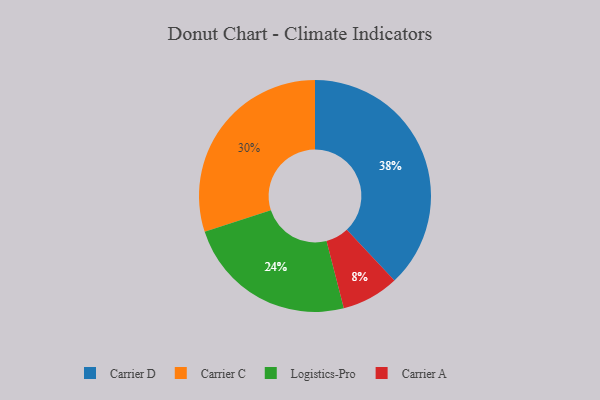
{"axis": {"x": "Category", "y": "Percentage"}, "legend": ["Carrier A", "Carrier C", "Carrier D", "Logistics-Pro"], "data": [{"x": "Logistics-Pro", "y": 24, "type": "Logistics-Pro"}, {"x": "Carrier A", "y": 8, "type": "Carrier A"}, {"x": "Carrier C", "y": 30, "type": "Carrier C"}, {"x": "Carrier D", "y": 38, "type": "Carrier D"}]}